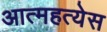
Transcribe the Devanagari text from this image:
आत्महत्येस